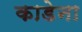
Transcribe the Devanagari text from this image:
काडेना